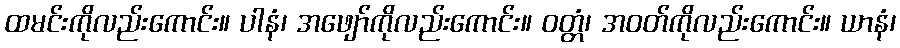
ထမင်းကိုလည်းကောင်း။ ပါနံ၊ အဖျော်ကိုလည်းကောင်း။ ဝတ္တံ၊ အဝတ်ကိုလည်းကောင်း။ ယာနံ၊